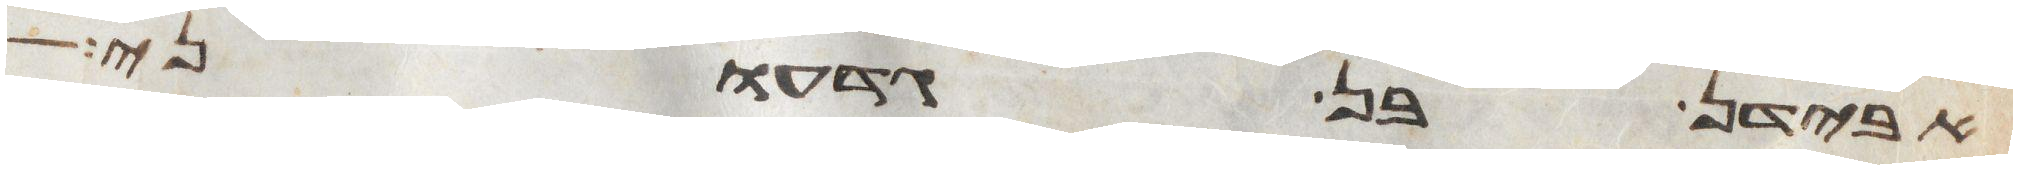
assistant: אבידן בן גדעוני